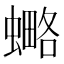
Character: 𧐣